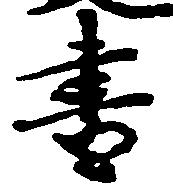
書